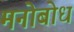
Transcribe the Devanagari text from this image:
मनोबोध